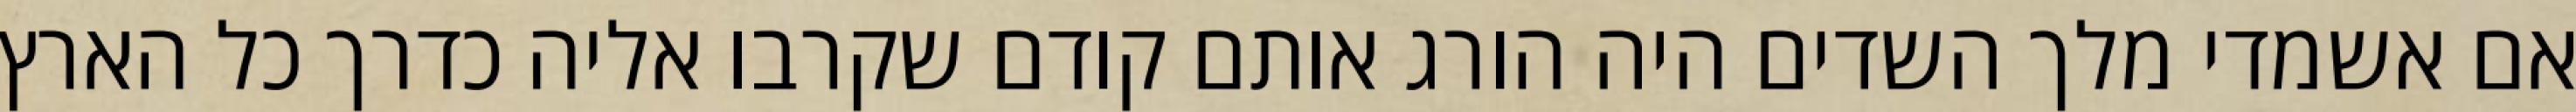
אם אשמדי‏ מלך השדים היה הורג אותם קודם שקרבו אליה כדרך כל הארץ